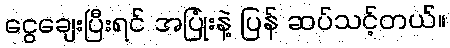
ငွေချေးပြီးရင် အပြုံးနဲ့ ပြန် ဆပ်သင့်တယ်။